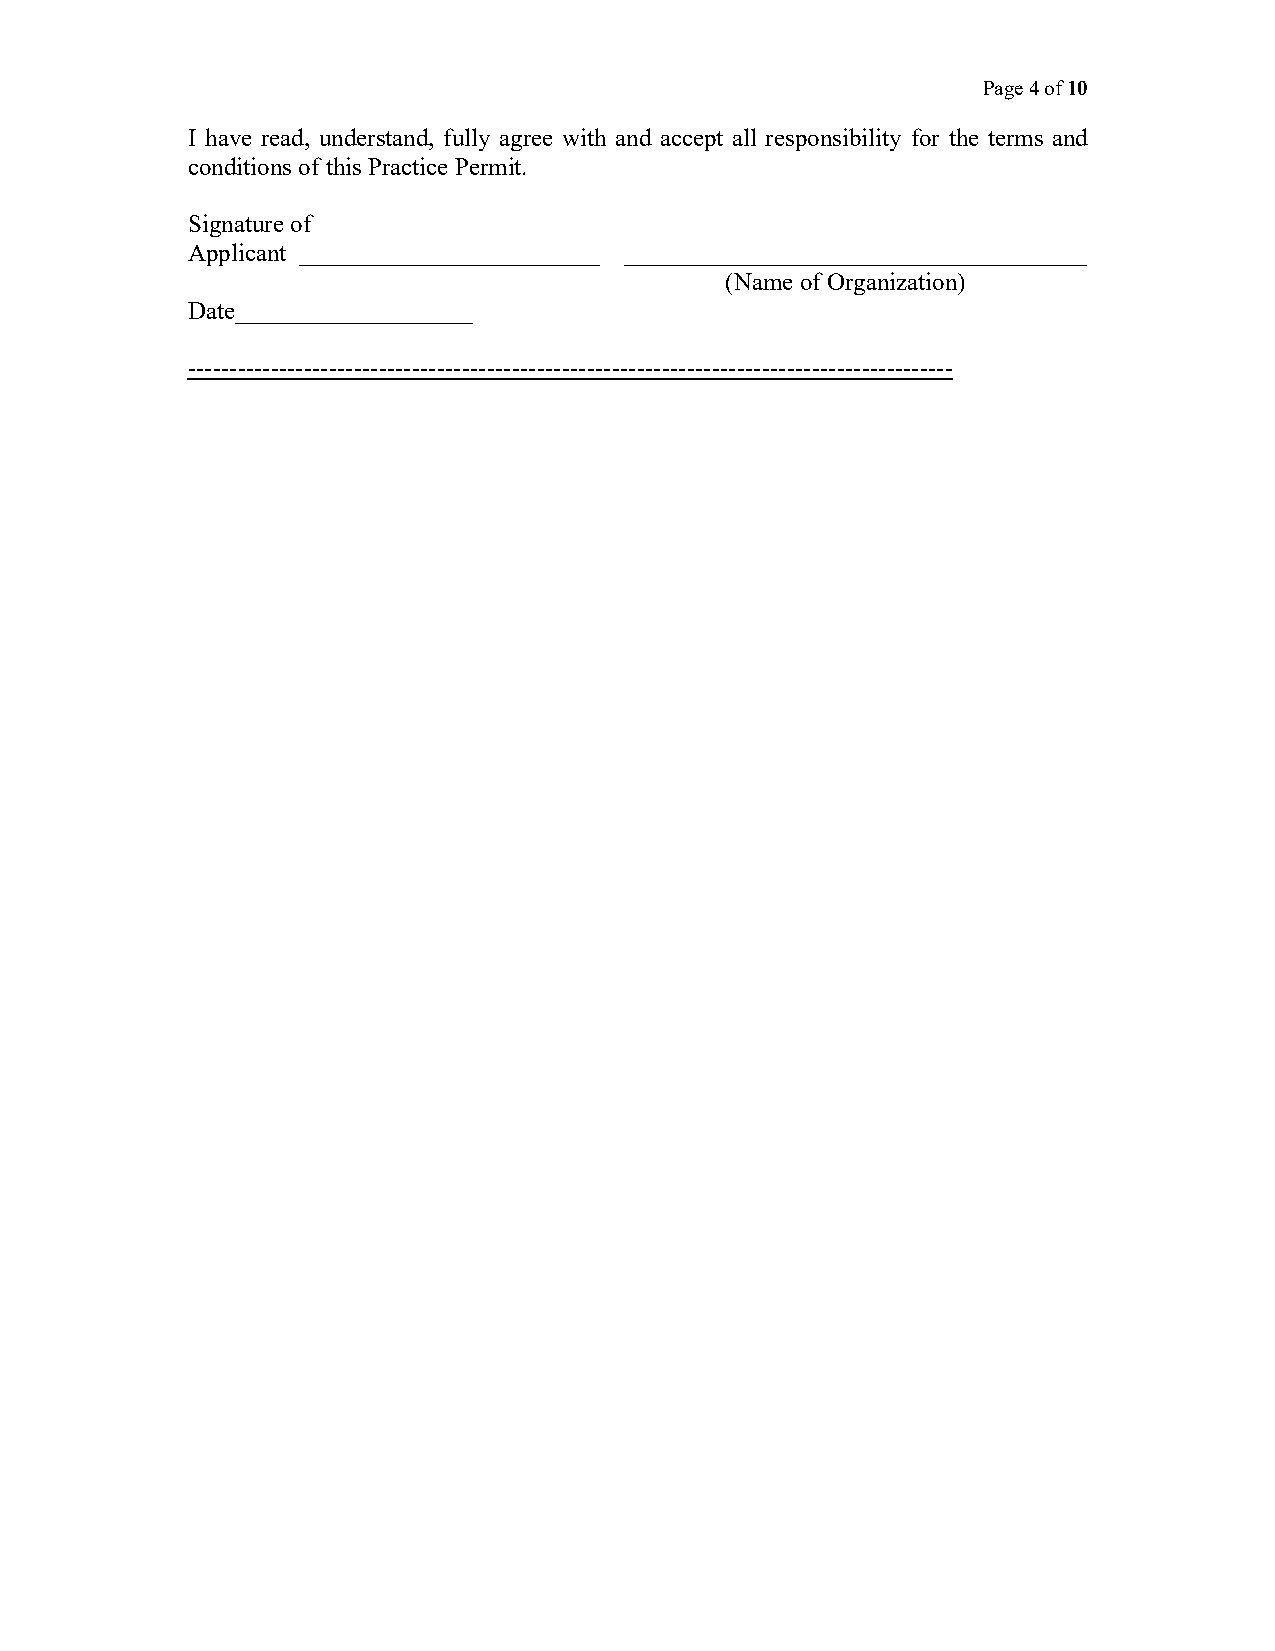
Page 4 of 10
 I have read, understand, fully agree with and accept all responsibility for the terms and
 conditions of this Practice Permit.
 Signature of
 Applicant ________________________ _____________________________________
 (Name of Organization)
 Date___________________
 --------------------------------------------------------------------------------------------